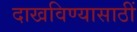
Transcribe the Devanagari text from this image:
दाखविण्यासाठीं